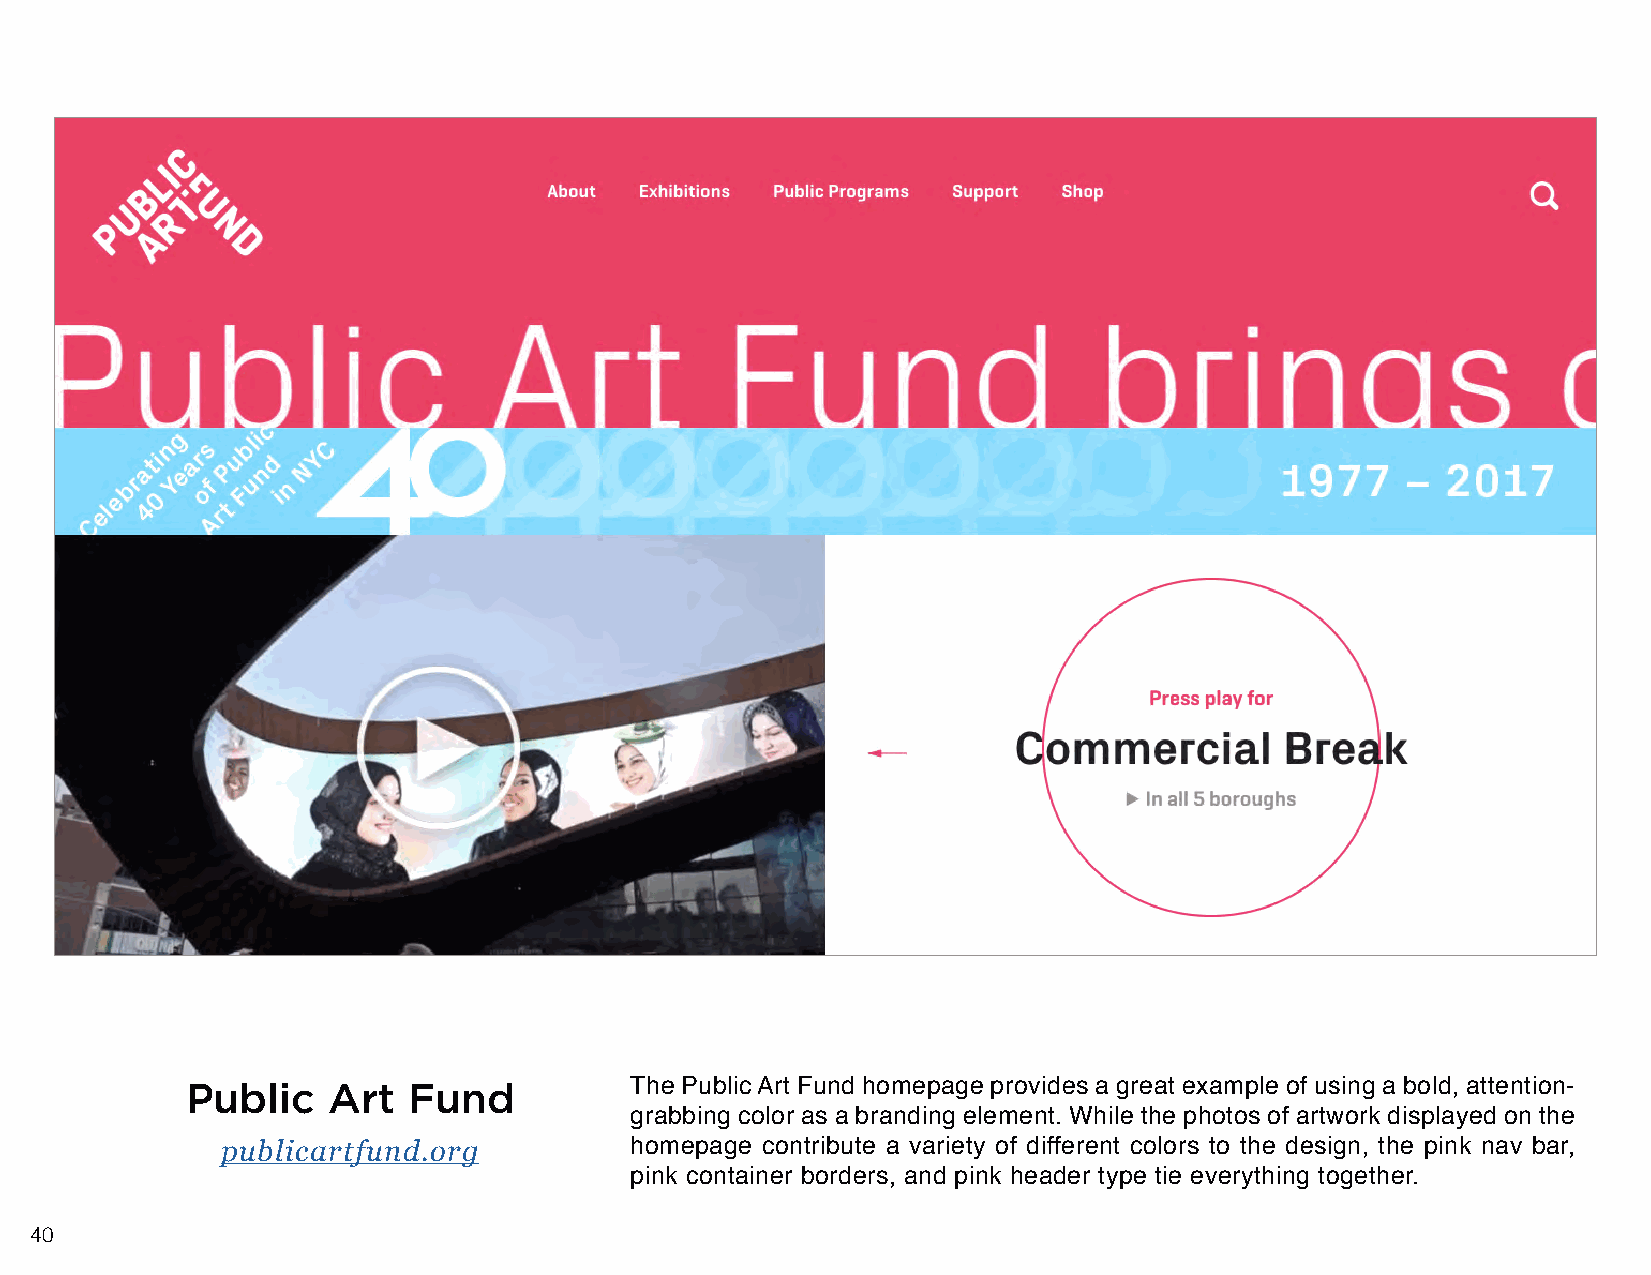
Public    Art  Fund           The Public Art Fund homepage provides a great example of using a bold, attention-
 grabbing color as a branding element. While the photos of artwork displayed on the
 publicartfund.org          homepage contribute a variety of different colors to the design, the pink nav bar,
 pink container borders, and pink header type tie everything together.
 40